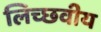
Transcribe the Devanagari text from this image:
लिच्छवीय